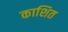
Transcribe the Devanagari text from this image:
काशित